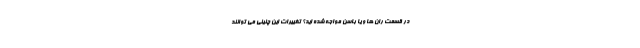
در قسمت ران ها و یا باسن مواجه شده اید؟ تغییرات این چنینی می توانند